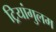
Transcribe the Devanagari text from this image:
ट्रियांगुलम